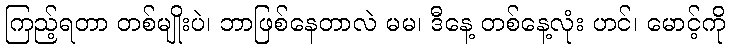
ကြည့်ရတာ တစ်မျိုးပဲ၊ ဘာဖြစ်နေတာလဲ မမ၊ ဒီနေ့ တစ်နေ့လုံး ဟင်၊ မောင့်ကို